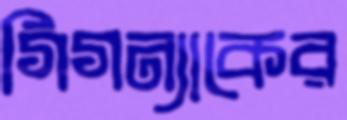
গিগন্যাকের